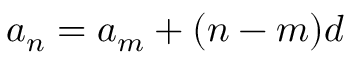
\ a _ { n } = a _ { m } + ( n - m ) d